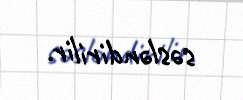
səsləndirilir.